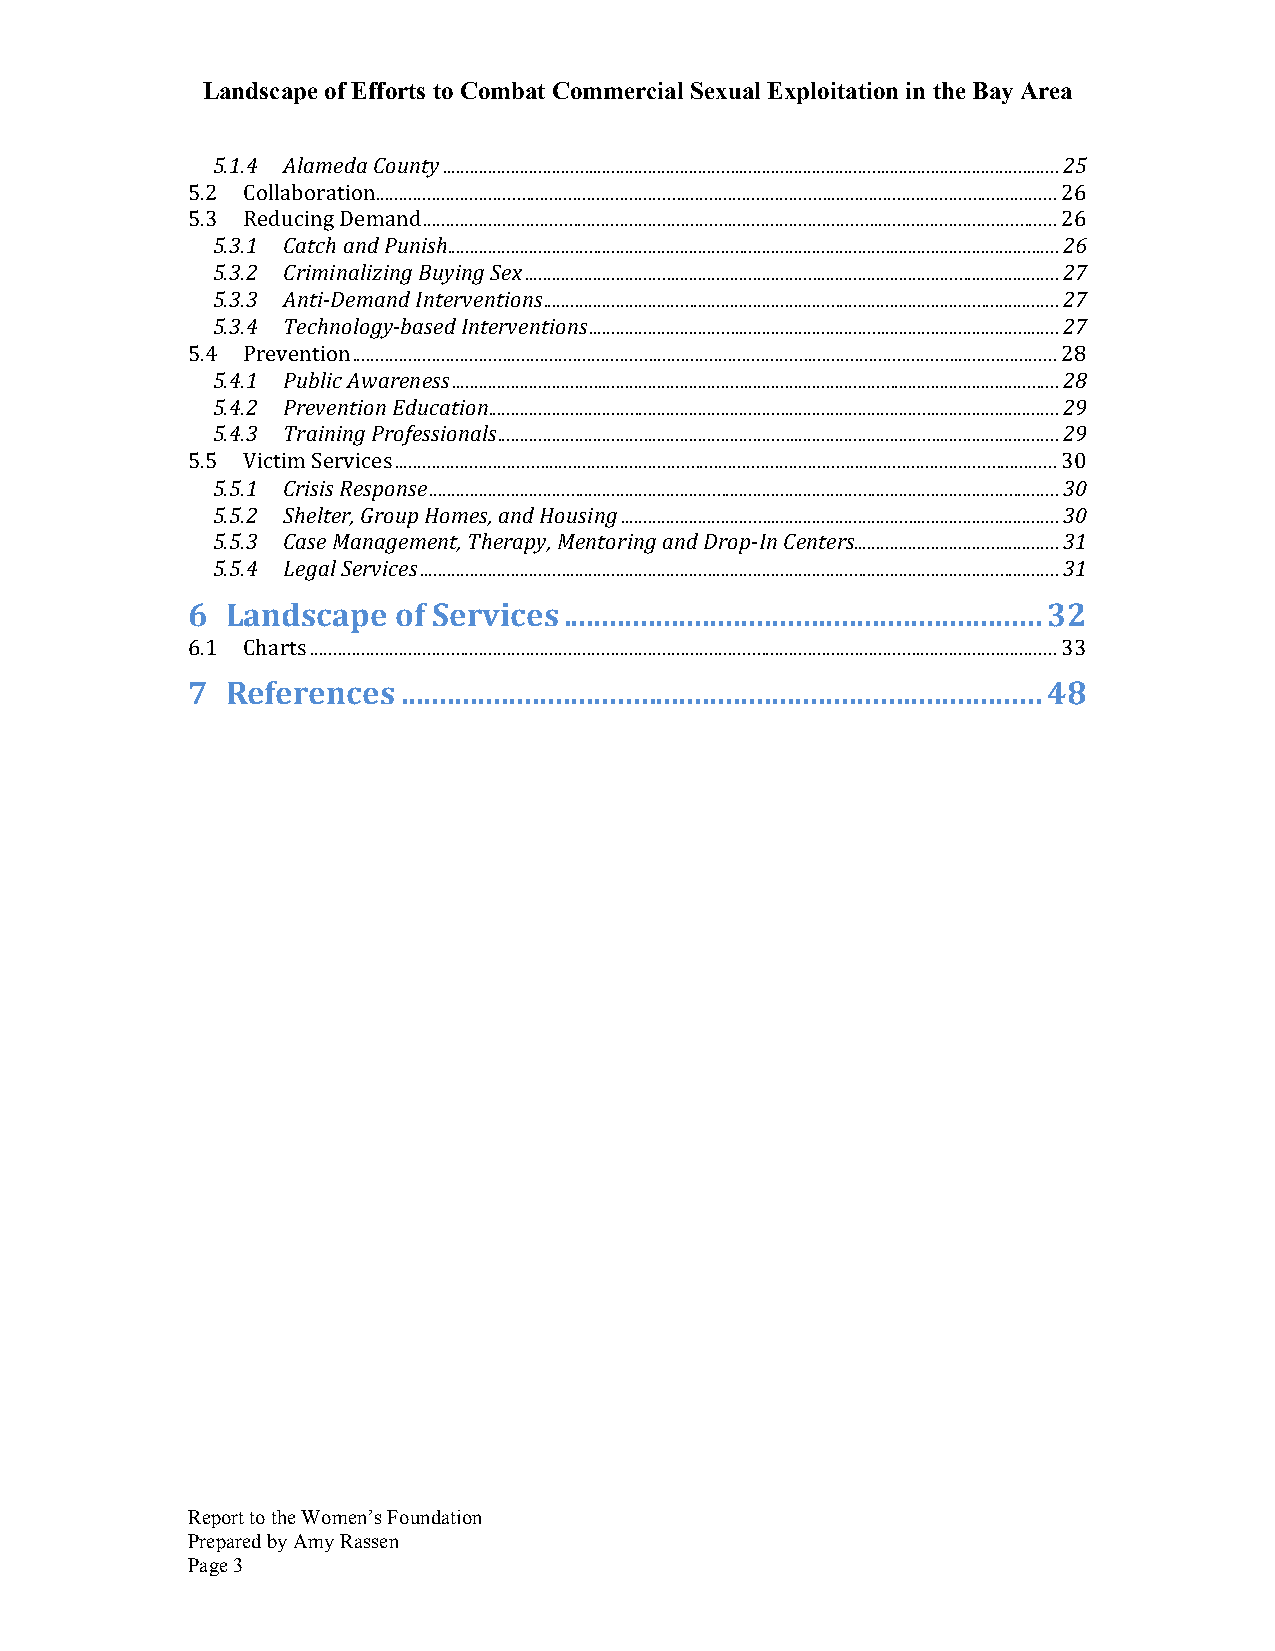
Landscape of Efforts to Combat Commercial Sexual Exploitation in the Bay Area
 5.1.4 Alameda County ....................................................................................................................................... 25
 5.2 Collaboration ................................................................................................................................................. 26
 5.3 Reducing Demand ....................................................................................................................................... 26
 5.3.1 Catch and Punish ...................................................................................................................................... 26
 5.3.2 Criminalizing Buying Sex ..................................................................................................................... 27
 5.3.3 Anti-­‐Demand Interventions ................................................................................................................. 27
 5.3.4 Technology-­‐based Interventions ....................................................................................................... 27
 5.4 Prevention ...................................................................................................................................................... 28
 5.4.1 Public Awareness ..................................................................................................................................... 28
 5.4.2 Prevention Education ............................................................................................................................. 29
 5.4.3 Training Professionals ........................................................................................................................... 29
 5.5 Victim Services ............................................................................................................................................. 30
 5.5.1 Crisis Response .......................................................................................................................................... 30
 5.5.2 Shelter, Group Homes, and Housing ................................................................................................ 30
 5.5.3 Case Management, Therapy, Mentoring and Drop-­‐In Centers ............................................. 31
 5.5.4 Legal Services ............................................................................................................................................ 31
 6  Landscape  of Services .............................................................. 32
 6.1 Charts ............................................................................................................................................................... 33
 7  References  ................................................................................... 48
 Report to the Women’s Foundation
 Prepared by Amy Rassen
 Page 3